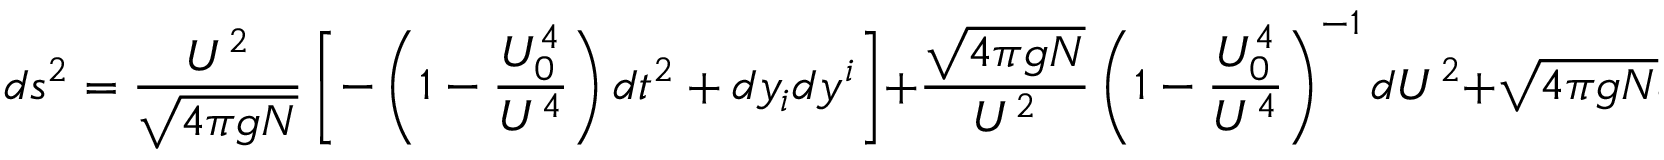
d s ^ { 2 } = { \frac { U ^ { 2 } } { \sqrt { 4 \pi g N } } } \left[ - \left( 1 - { \frac { U _ { 0 } ^ { 4 } } { U ^ { 4 } } } \right) d t ^ { 2 } + d y _ { i } d y ^ { i } \right] + { \frac { \sqrt { 4 \pi g N } } { U ^ { 2 } } } \left( 1 - { \frac { U _ { 0 } ^ { 4 } } { U ^ { 4 } } } \right) ^ { - 1 } d U ^ { 2 } + \sqrt { 4 \pi g N } d \Omega _ { 5 } .